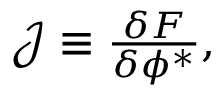
\begin{array} { r } { \mathcal { J } \equiv \frac { \delta F } { \delta \phi ^ { * } } , } \end{array}